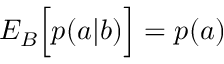
{ E } _ { B } \Big [ p ( a | b ) \Big ] = p ( a )